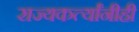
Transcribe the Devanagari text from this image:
राज्यकर्त्यांनीही